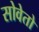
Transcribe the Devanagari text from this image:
सोवेतो